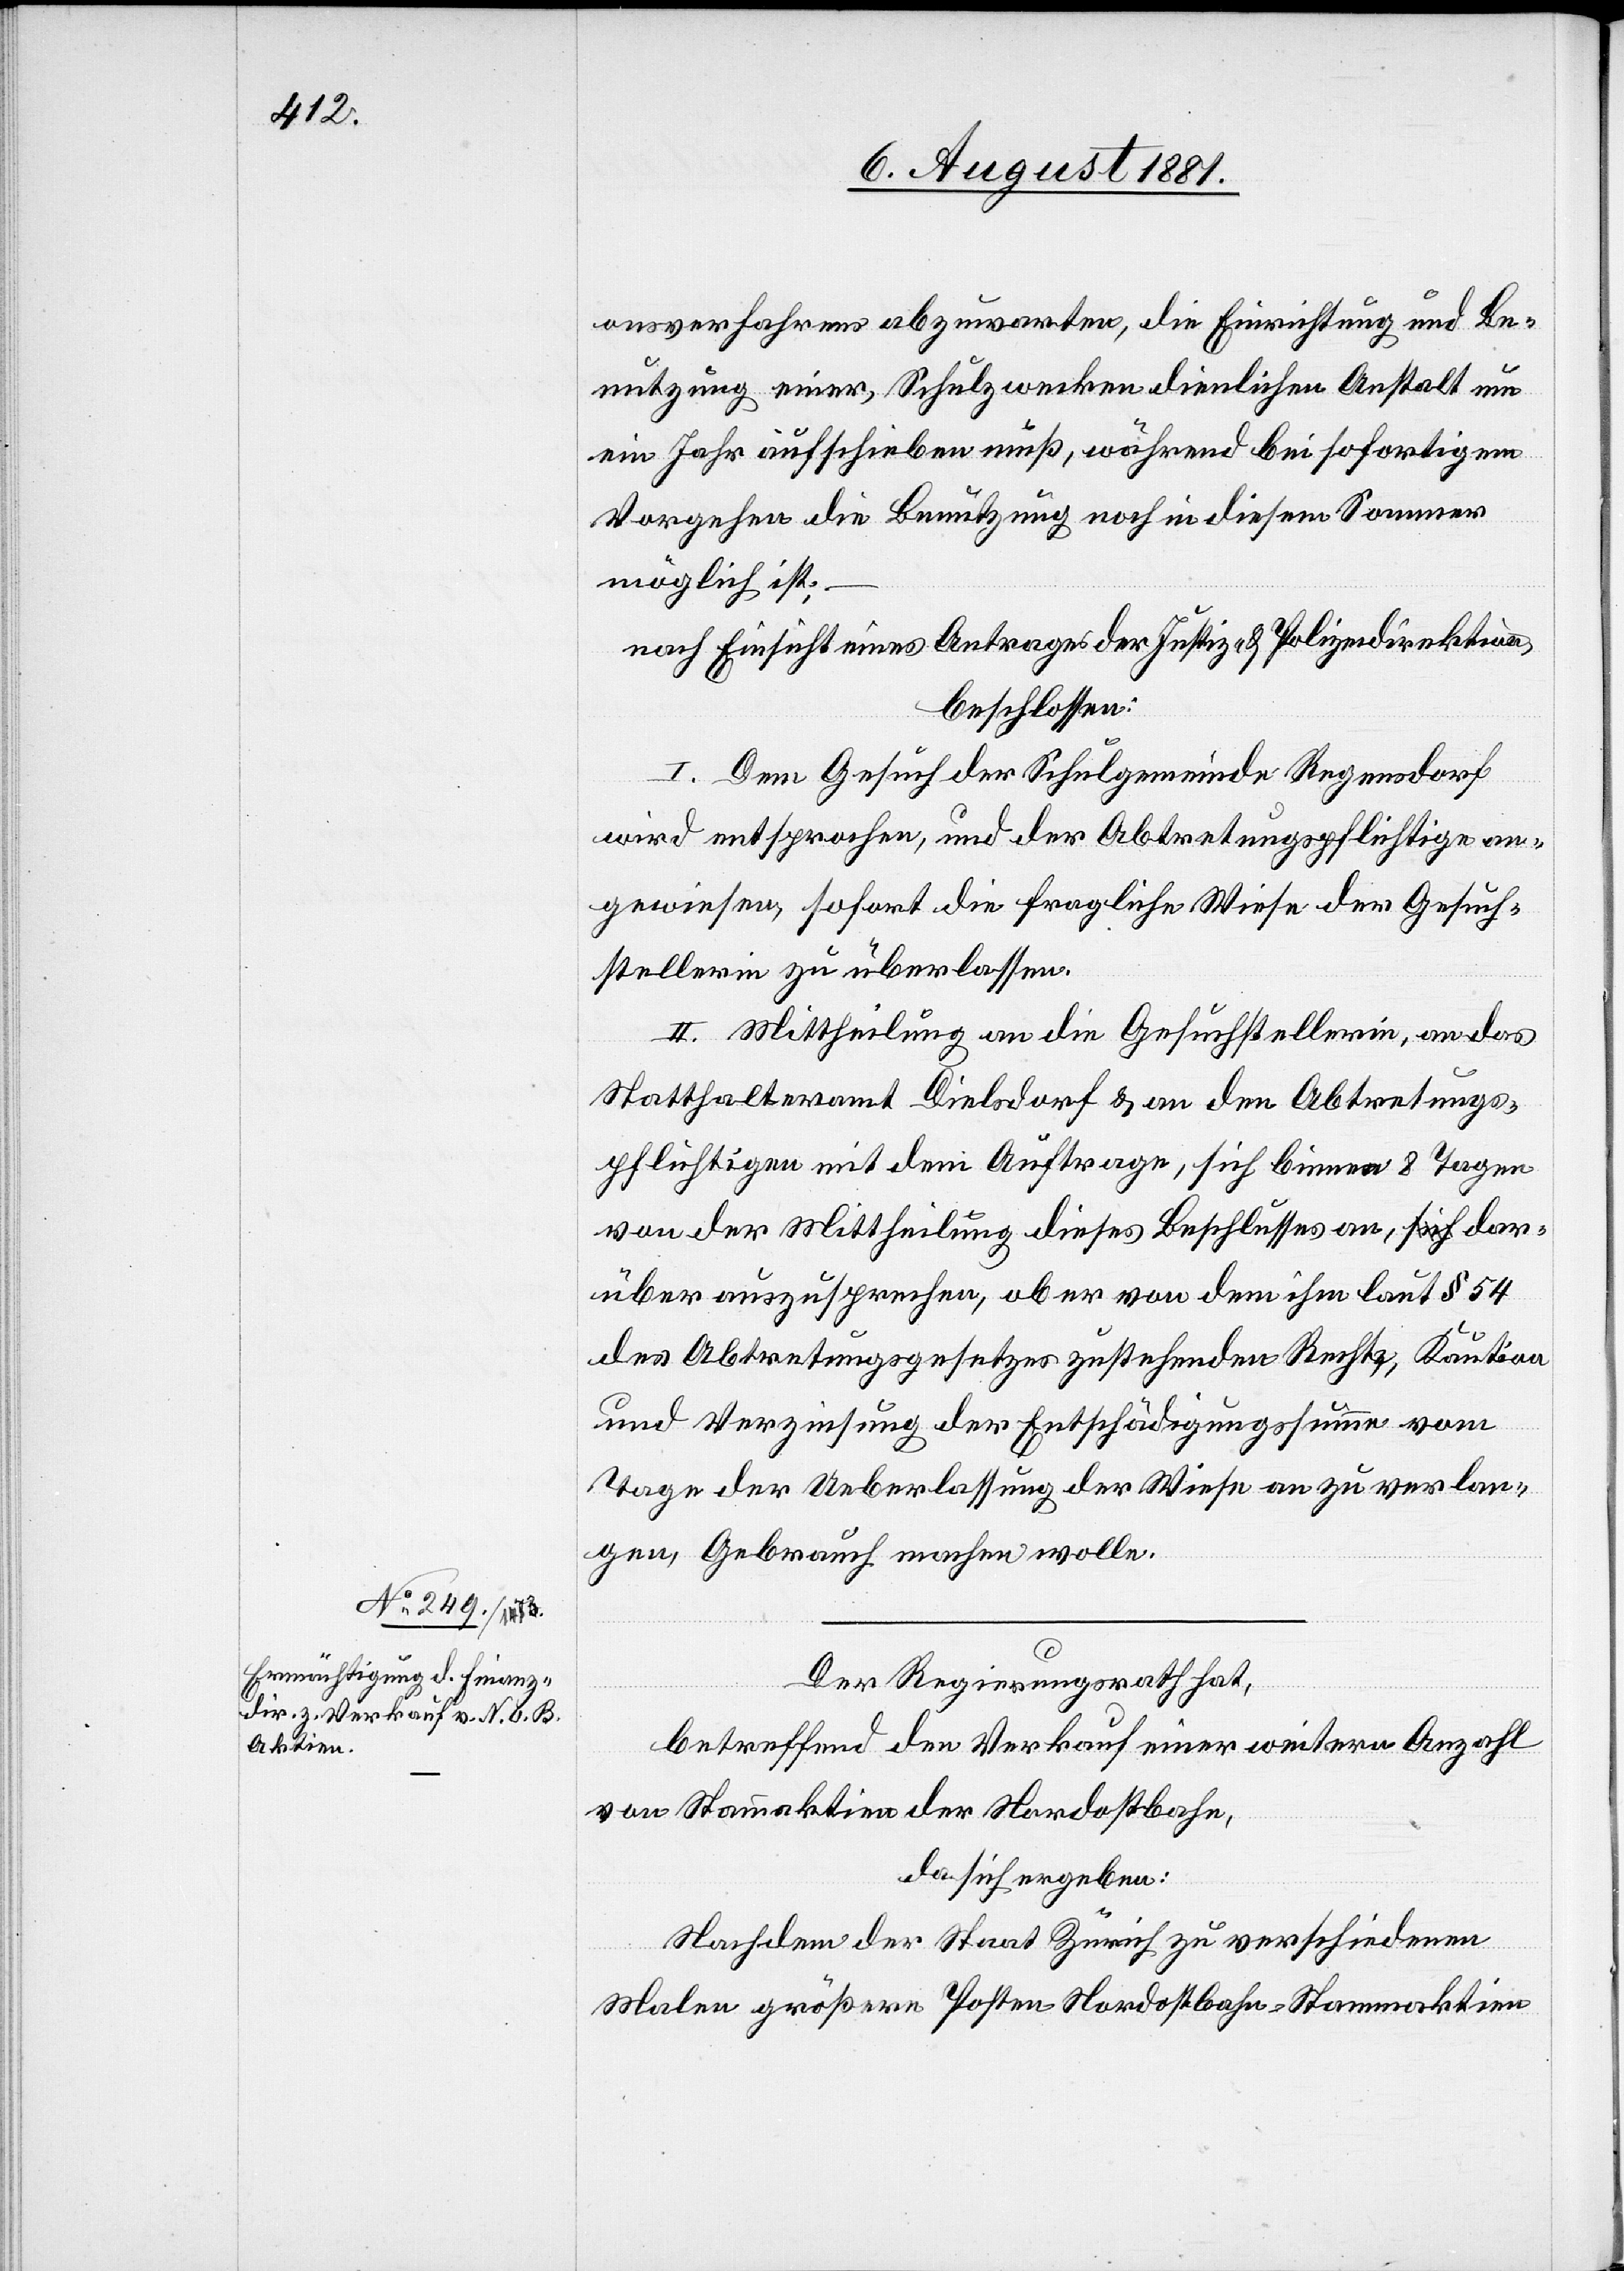
onsverfahrens abzuwarten, die Einrichtung und Be¬
nutzung einer, Schulzwecken dienlichen Anstalt um
ein Jahr aufschieben muß, während bei sofortigem
Vorgehen die Benutzung noch in diesem Sommer
möglich ist;–
nach Einsicht eines Antrages der Justiz- & Polizeidirektion,
beschlossen:
I. Dem Gesuch der Schulgemeinde Regensdorf
wird entsprochen, und der Abtretungspflichtige an¬
gewiesen, sofort die fragliche Wiese der Gesuch¬
stellerin zu überlassen.
II. Mittheilung an die Gesuchstellerin, an das
Statthalteramt Dielsdorf & an den Abtretungs¬
pflichtigen mit dem Auftrage, sich binnen 8 Tagen
von der Mittheilung dieses Beschlusses an, dar¬
über auszusprechen, ob er von dem ihm laut § 54
des Abtretungsgesetzes zustehenden Rechts, Kaution
und Verzinsung der Entschädigungssumme vom
Tage der Ueberlassung der Wiese an zu verlan¬
gen, Gebrauch machen wolle.
Der Regierungsrath hat,
betreffend den Verkauf einer weitern Anzahl
von Stammaktien der Nordostbahn,
da sich ergeben:
Nachdem der Staat Zürich zu verschiedenen
Malen größere Posten Nordostbahn-Stammaktien